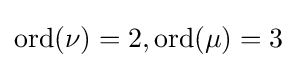
{\text{ord}}(\nu )=2,{\text{ord}}(\mu )=3